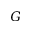
G